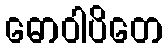
ဓောဝါပိတေ